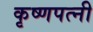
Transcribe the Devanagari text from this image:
कृष्णपत्‍नी